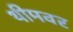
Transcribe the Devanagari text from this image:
थीमवर